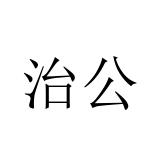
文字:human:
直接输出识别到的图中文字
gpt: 治公